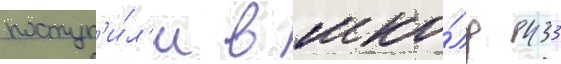
поступ'и́л'и в шко́лу 433